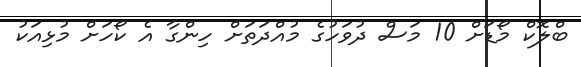
ބްލޮކް މޯޑަށް 10 މަސް ދުވަހުގެ މުއްދަތަށް ހިންގާ އެ ކޯހަށް މުޅިއަކު